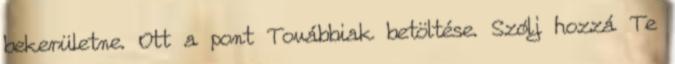
bekerületne. Ott a pont Továbbiak betöltése. Szólj hozzá Te